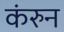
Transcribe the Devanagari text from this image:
कंरुन